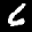
Label: 6